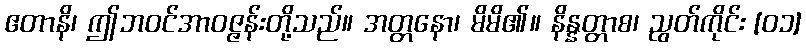
ဧတာနိ၊ ဤဘဝင်အာဝဇ္ဇန်းတို့သည်။ အတ္တနော၊ မိမိ၏။ နိန္နတ္တာစ၊ ညွတ်ကိုင်း [၀၁]